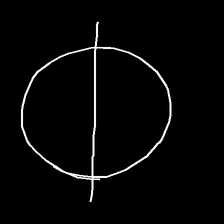
Glyph: orb